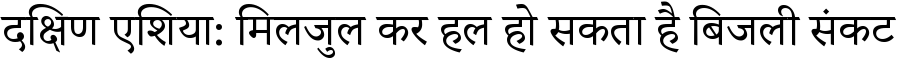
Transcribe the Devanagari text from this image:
दक्षिण एशिया: मिलजुल कर हल हो सकता है बिजली संकट